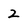
Character: 2